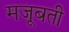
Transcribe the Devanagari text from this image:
मजूबती